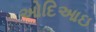
ઓદિઆઇ